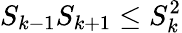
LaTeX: S_{k-1}S_{k+1}\leq S_{k}^{2}